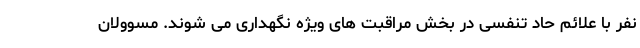
نفر با علائم حاد تنفسی در بخش مراقبت های ویژه نگهداری می شوند. مسوولان